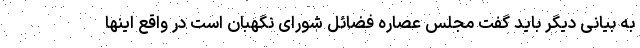
به بیانی دیگر باید گفت مجلس عصاره فضائل شورای نگهبان است در واقع اینها